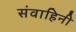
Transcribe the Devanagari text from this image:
संवाहिनी